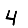
Digit: 4